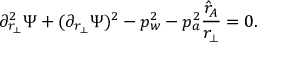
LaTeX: \partial _ { r _ { \perp } } ^ { 2 } \Psi + ( \partial _ { r _ { \perp } } \Psi ) ^ { 2 } - p _ { w } ^ { 2 } - p _ { a } ^ { 2 } { \frac { \hat { r } _ { A } } { r _ { \perp } } } = 0 .